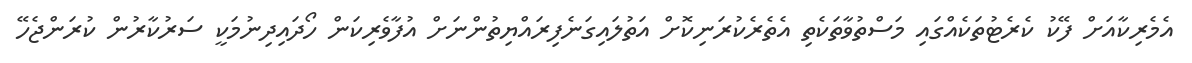
އެމެރިކާއަށް ފޭކު ކެރެޓުތަކެއްގައި މަސްތުވާތަކެތި އެތެރެކުރަނިކޮށް އަތުލައިގަނެފިރައްޔިތުންނަށް އުފާވެރިކަން ހޯދައިދިނުމަކީ ސަރުކާރުން ކުރަންޖެހޭ